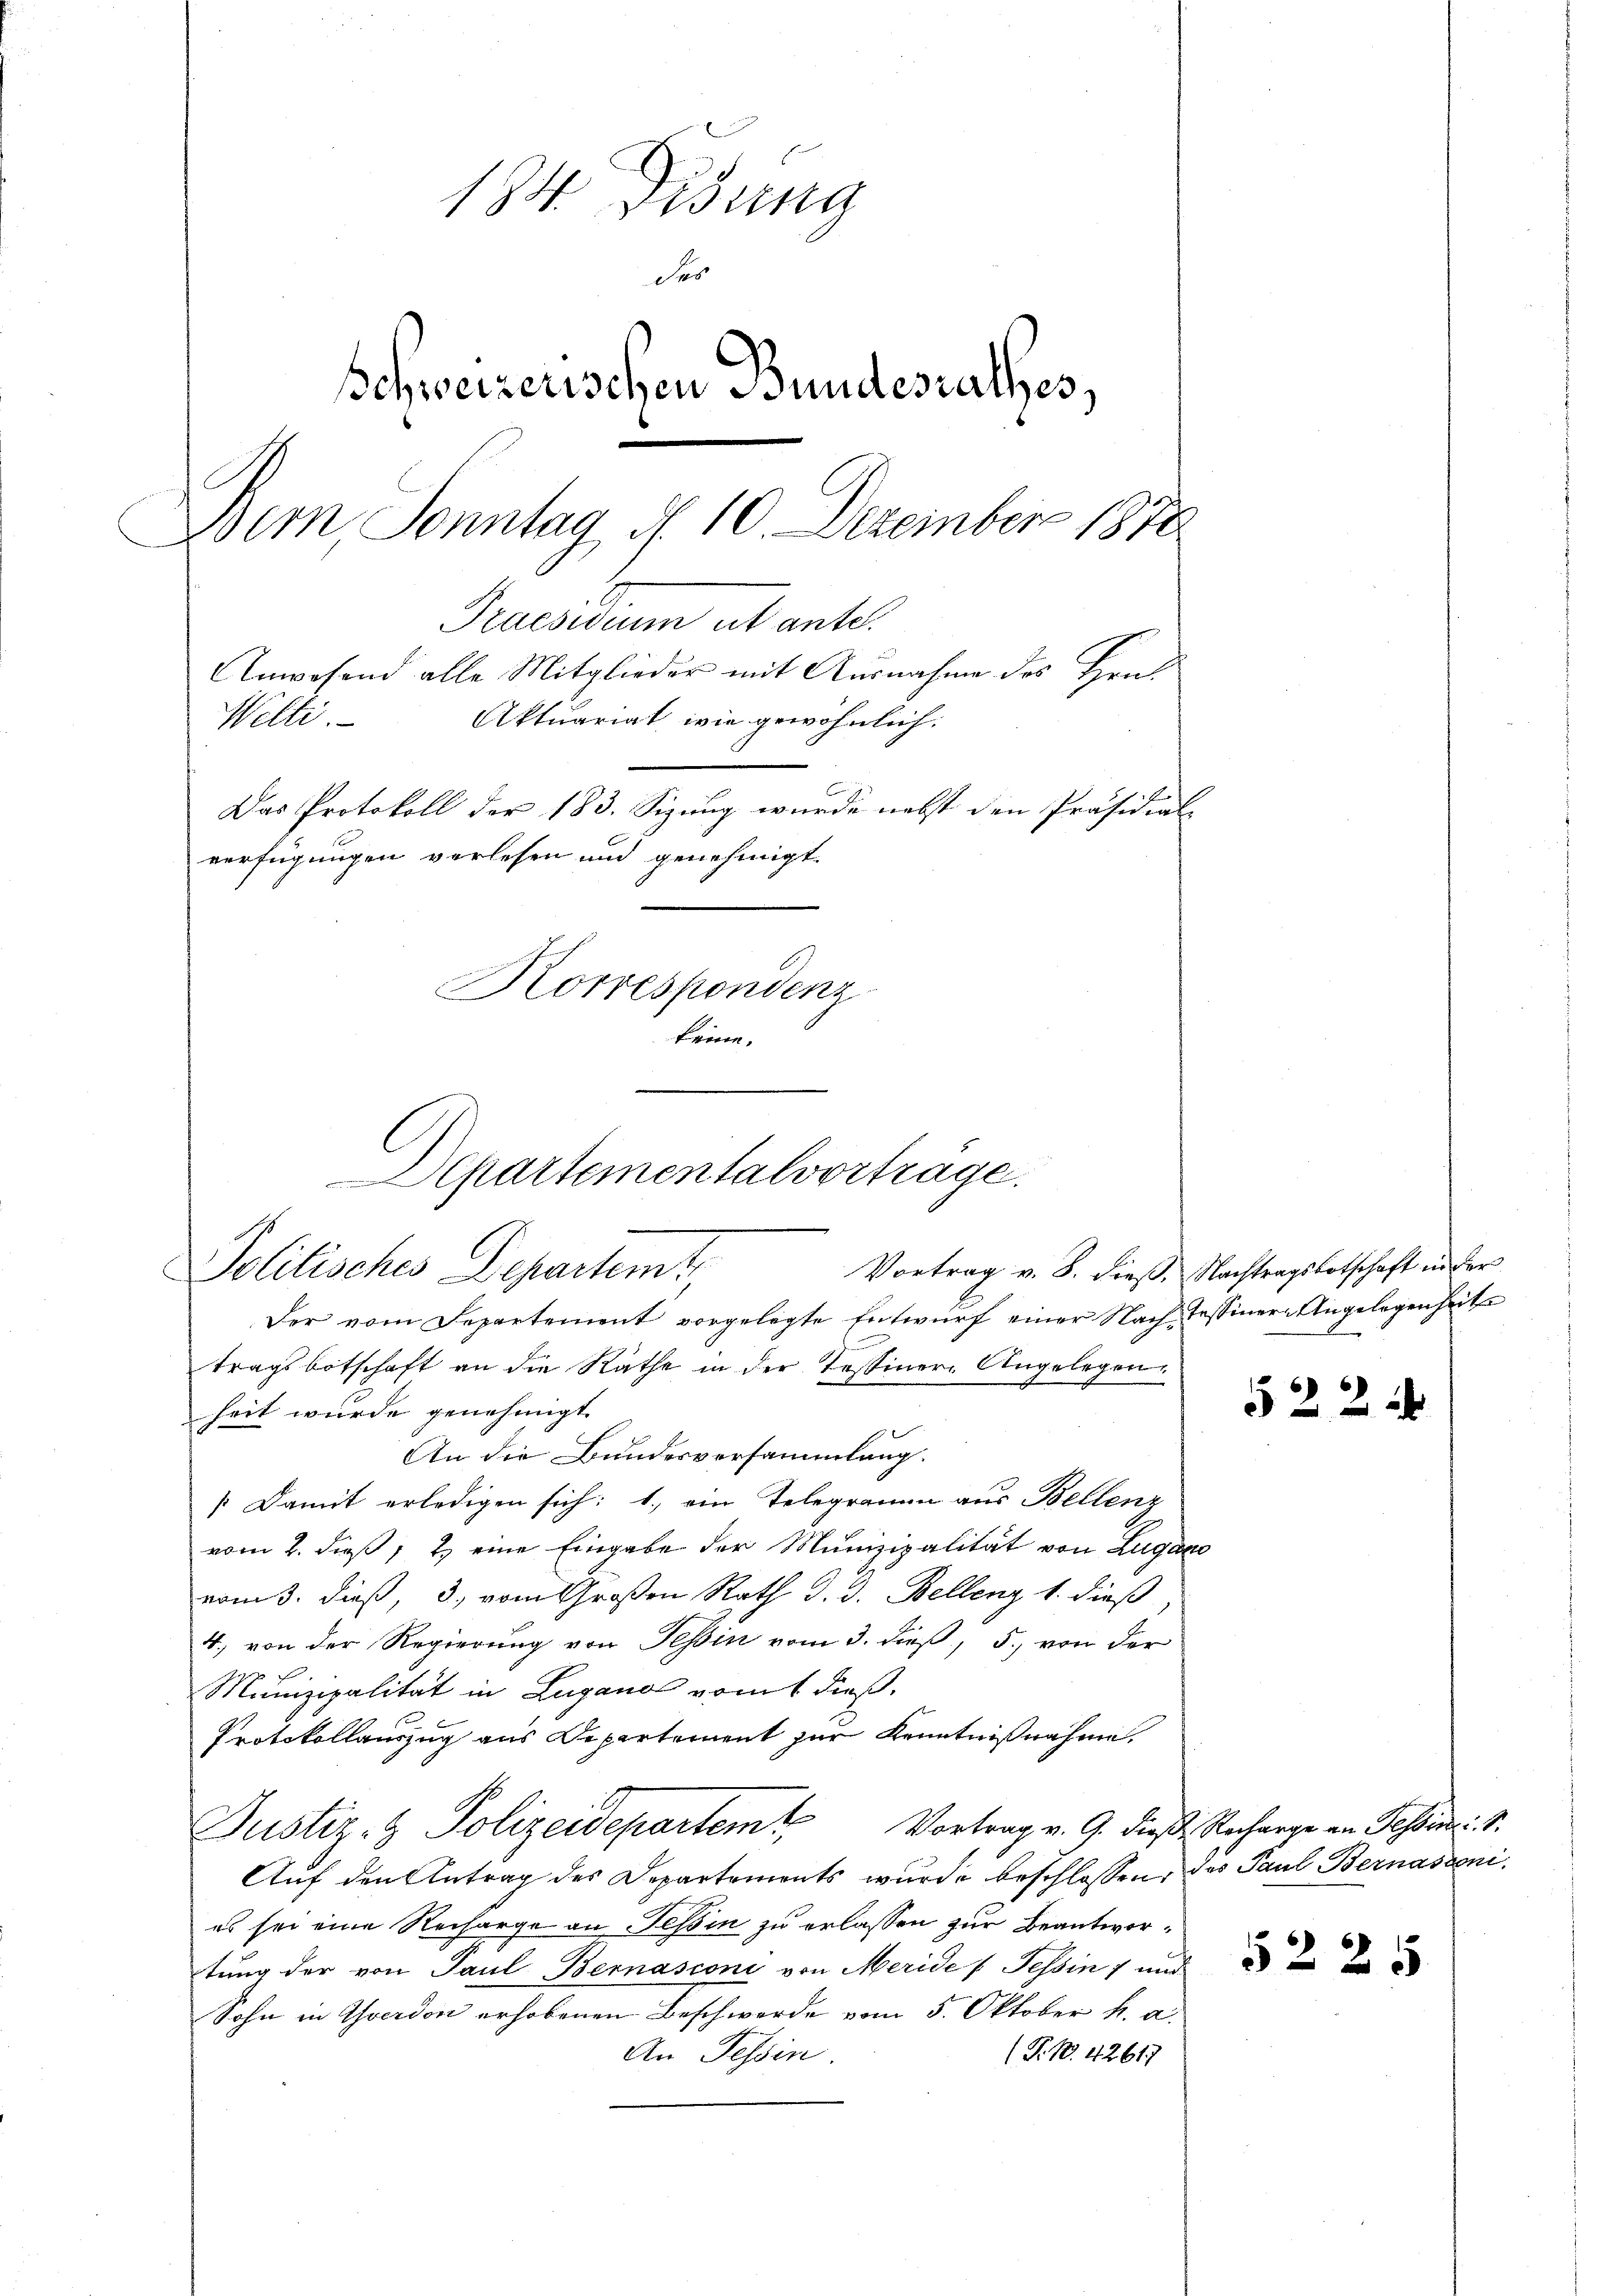
184. Disung
Sas
Schweizerischen Bundesrathes,
Bern, Sonntag d. 10. Dezember 1870
Praesidium ut ante.
Anwesend alle Mitglieder mit Ausnahme des Hrn.
Aktuariat, wie gewöhnlich:
Welti.
Das Protokoll der 183. Sizung wurde nebst den Präsidial-
verfügungen verlesen und genehmigt.
Korrespondenz
keine.

Departementalvortrage.
Politisches Departemt

Vortrag v. 8. dieß, Nachtragsbotschaft in der
Der vom Separtement vorgelegte Entwurf einer Nach Tessiner-Angelegenheit
tragsbotschaft an die Räthe in der Tessiner-Angelegen
heit wurde genehmigt.
An die Bundesversammlung.
Damit erledigen sich: 1. ein Telegramm aus Bellenz
vom 2. dieß, 2 eine Eingabe der Munizipalität von Zugano
vom 3. dieß, 3. vom Großen Rath d. d. Bellenz 1. dieß,
4., von der Regierung von Tessin vom 3. dieß, 5. von der
Munizipalität in Lugano vom 1 dieß,
Protokollauszug aus Departement zur Kenntnißnahme.
Justiz- & Polizeidepartem Vortrag v. 9. dieße, Recharge an Gesind. S.
Auf den Antrag des Departements wurde beschlossen, das Paul Bernasconi
es sei eine Recharge an Tessin zu erlassen zur Beantwortung der von Paul Bernasconi von Meride (Tessin 7 und
Sohn in Yverdon erhobenen Beschwerde vom 5. Oktober k. a.
(T. N. 42617
An Tessin.

52 2 x

52 25